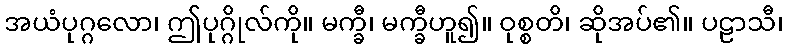
အယံပုဂ္ဂလော၊ ဤပုဂ္ဂိုလ်ကို။ မက္ခီ၊ မက္ခီဟူ၍။ ဝုစ္စတိ၊ ဆိုအပ်၏။ ပဠာသီ၊